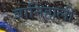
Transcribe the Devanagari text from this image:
बानिहाली